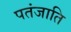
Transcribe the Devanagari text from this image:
पतंजाति